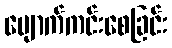
ပျောက်ကင်းစေခြင်း